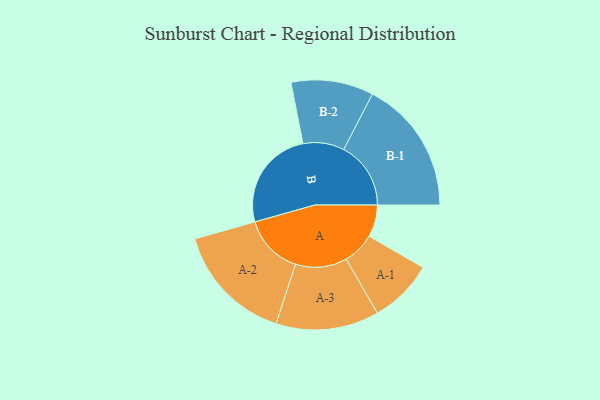
{"axis": {"x": "Segment", "y": "Value"}, "legend": ["", "A", "B"], "data": [{"x": "A", "y": 124, "type": ""}, {"x": "B", "y": 391, "type": ""}, {"x": "A-1", "y": 124, "type": "A"}, {"x": "A-2", "y": 232, "type": "A"}, {"x": "A-3", "y": 199, "type": "A"}, {"x": "B-1", "y": 259, "type": "B"}, {"x": "B-2", "y": 159, "type": "B"}]}